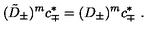
( \tilde { D } _ { \pm } ) ^ { m } c _ { \mp } ^ { * } = ( D _ { \pm } ) ^ { m } c _ { \mp } ^ { * } \ .